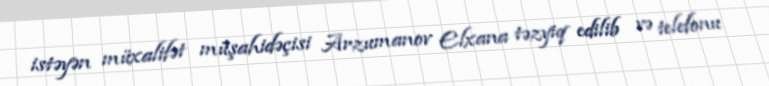
istəyən müxalifət müşahidəçisi Arzumanov Elxana təzyiq edilib və telefonu